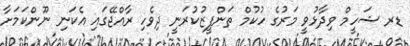
ޑރ ޝަހީމް ވިދާޅުވީ މަރުގެ ހުކުމް ތަންފީޒުކުރަނީ ދިވެހި ރާއްޖޭގައި އެކަނި ނޫންކަމަށާ